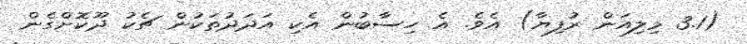
(3.1 މިލިއަން ރުފިޔާ) އެވެ. އެ ހިސާބުން އެކި އަދަދުތަކުން ޗެކު ދޫކޮށްގެން